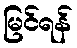
မြင်ရန်